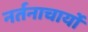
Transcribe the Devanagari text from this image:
नर्तनाचार्यों